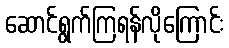
ဆောင်ရွက်ကြရန်လိုကြောင်း